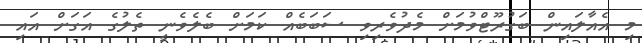
މި އެއާލައިން ބަގުރޫޓްވުމަށް މެދުވެރިވި ސަބަބެއް ކަމަށް ބެލެވެނީ ތެލުގެ އަގަށް އައި